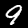
Label: 9